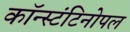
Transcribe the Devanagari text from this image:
कॉन्स्टंटिनोपल